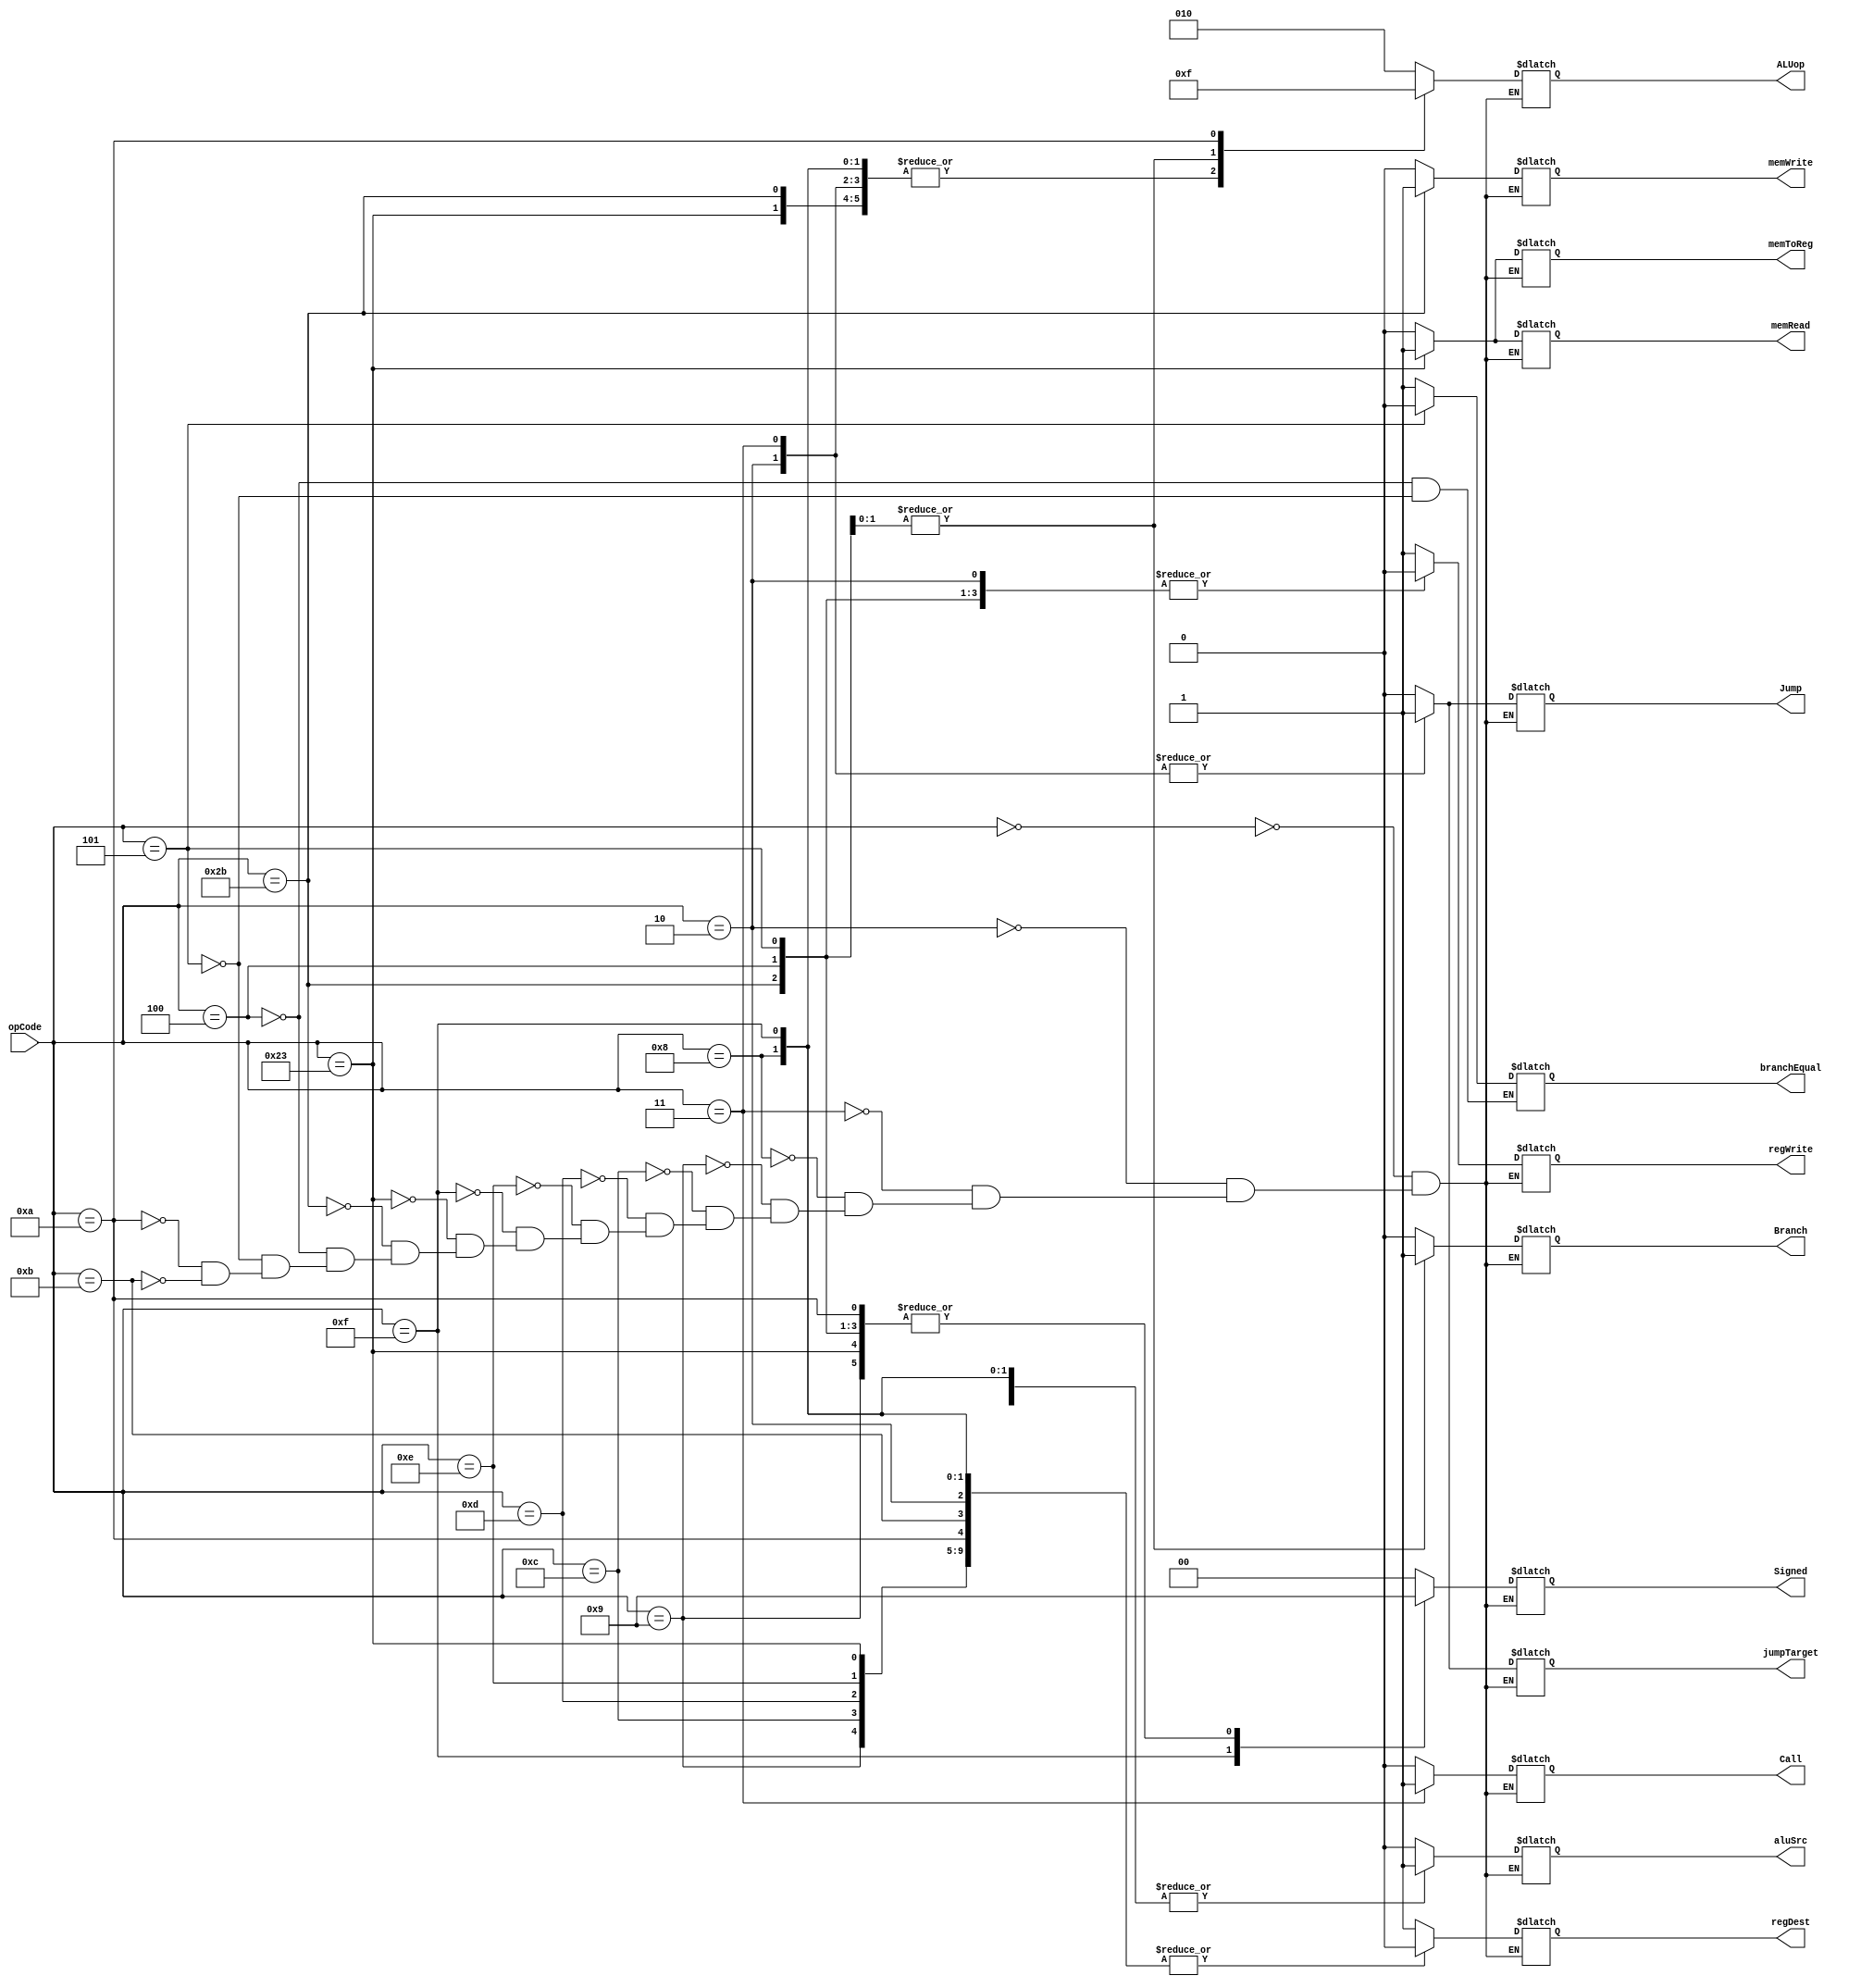
`timescale 1ns / 1ps


module Ctr(
    input [5:0] opCode,


    output reg regDest,
    output reg aluSrc,
    output reg memToReg,
    output reg regWrite,
    output reg memRead,
    output reg memWrite,
    output reg Branch,
    output reg [2:0] ALUop,
    output reg Jump,
    output reg jumpTarget,
    output reg Call,
    output reg [1:0] Signed,
    output reg branchEqual
    );
    always @(opCode)
    begin
        case(opCode)
            6'b000000://add,addu,sub,subu,and,or,xor,nor,slt,jr,sltu,sll,srl,sra,sllv,srlv,srav,jr
            begin
                regDest=1;
                aluSrc=0;
                memToReg=0;
                regWrite=1;
                memRead=0;
                memWrite=0;
                Branch=0;
                Jump=0;
                jumpTarget=0;
                Call=0;
                ALUop=3'b010;
                Signed=0;
            end
            6'b000010://jump
            begin
                regDest=0;
                aluSrc=0;
                memToReg=0;
                regWrite=0;
                memRead=0;
                memWrite=0;
                Branch=0;
                Jump=1;
                jumpTarget=1;
                Call=0;
                ALUop=3'b000;
                Signed=0;
            end
            6'b000011://jal
            begin
                regDest=1;
                aluSrc=0;
                memToReg=0;
                regWrite=1;
                memRead=0;
                memWrite=0;
                Branch=0;
                Jump=1;
                jumpTarget=1;
                Call=1;
                ALUop=3'b000;
                Signed=0;
            end
            6'b001000://addi
            begin
                regDest=0;
                aluSrc=1;
                memToReg=0;
                regWrite=1;
                memRead=0;
                memWrite=0;
                Branch=0;
                Jump=0;
                jumpTarget=0;
                Call=0;
                ALUop=3'b000;
                Signed=0;
            end
            6'b001001://addiu
            begin
                regDest=0;
                aluSrc=1;
                memToReg=0;
                regWrite=1;
                memRead=0;
                memWrite=0;
                Branch=0;
                Jump=0;
                jumpTarget=0;
                Call=0;
                ALUop=3'b000;
                Signed=1;
            end 
            6'b001100://andi
            begin
                regDest=0;
                aluSrc=1;
                memToReg=0;
                regWrite=1;
                memRead=0;
                memWrite=0;
                Branch=0;
                Jump=0;
                jumpTarget=0;
                Call=0;
                ALUop=3'b000;
                Signed=0;
            end
            6'b001101://ori
            begin
                regDest=0;
                aluSrc=1;
                memToReg=0;
                regWrite=1;
                memRead=0;
                memWrite=0;
                Branch=0;
                Jump=0;
                jumpTarget=0;
                Call=0;
                ALUop=3'b000;
                Signed=0;
            end
            6'b001110://xori
            begin
                regDest=0;
                aluSrc=1;
                memToReg=0;
                regWrite=1;
                memRead=0;
                memWrite=0;
                Branch=0;
                Jump=0;
                jumpTarget=0;
                Call=0;
                ALUop=3'b000;
                Signed=0;
            end
            6'b001111://lui
            begin
                regDest=0;
                aluSrc=1;
                memToReg=0;
                regWrite=1;
                memRead=0;
                memWrite=0;
                Branch=0;
                Jump=0;
                jumpTarget=0;
                Call=0;
                ALUop=3'b000;
                Signed=2'b10;
            end
            6'b100011://lw
            begin
                regDest=0;
                aluSrc=1;
                memToReg=1;
                regWrite=1;
                memRead=1;
                memWrite=0;
                Branch=0;
                Jump=0;
                jumpTarget=0;
                Call=0;
                ALUop=3'b000;
                Signed=1;
            end
            6'b101011://sw
            begin
                regDest=1;
                aluSrc=1;
                memToReg=0;
                regWrite=0;
                memRead=0;
                memWrite=1;
                Branch=0;
                Jump=0;
                jumpTarget=0;
                Call=0;
                ALUop=3'b000;
                Signed=1;
            end
            6'b000100://beq
            begin
                regDest=1;
                aluSrc=0;
                regWrite=0;
                memToReg=0;
                memRead=0;
                memWrite=0;
                Branch=1;
                Jump=0;
                jumpTarget=0;
                Call=0;
                ALUop=3'b001;
                Signed=1;
                branchEqual=1;
            end
            6'b000101://bne
            begin
                regDest=1;
                aluSrc=0;
                regWrite=0;
                memToReg=0;
                memRead=0;
                memWrite=0;
                Branch=1;
                Jump=0;
                jumpTarget=0;
                Call=0;
                ALUop=3'b001;
                Signed=1;
                branchEqual=0;
            end
            6'b001010://slti
            begin
                regDest=0;
                aluSrc=1;
                memToReg=0;
                regWrite=1;
                memRead=0;
                memWrite=0;
                Branch=0;
                Jump=0;
                jumpTarget=0;
                Call=0;
                ALUop=3'b111;
                Signed=1;
            end
            6'b001011://sltiu
            begin
                regDest=0;
                aluSrc=1;
                memToReg=0;
                regWrite=1;
                memRead=0;
                memWrite=0;
                Branch=0;
                Jump=0;
                jumpTarget=0;
                Call=0;
                ALUop=3'b010;
                Signed=0;
            end    
        endcase
    end
endmodule